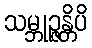
သမ္ဘုဉ္ဇန္တိပိ